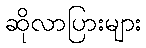
ဆိုလာပြားများ